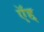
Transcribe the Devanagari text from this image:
ऍद्द